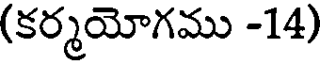
(కర్మయోగము -14)